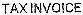
TAX INVOICE